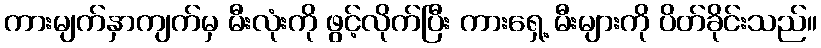
ကားမျက်နှာကျက်မှ မီးလုံးကို ဖွင့်လိုက်ပြီး ကားရှေ့ မီးများကို ပိတ်ခိုင်းသည်။